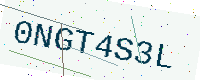
Text: 0NGT4S3L